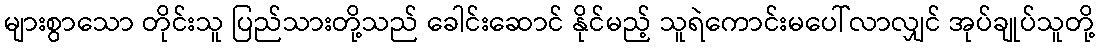
များစွာသော တိုင်းသူ ပြည်သားတို့သည် ခေါင်းဆောင် နိုင်မည့် သူရဲကောင်းမပေါ်လာလျှင် အုပ်ချုပ်သူတို့